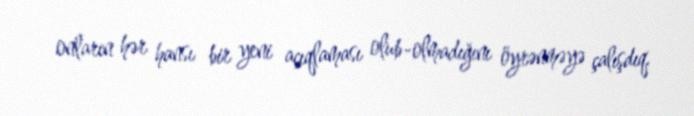
onların hər hansı bir yeni açıqlaması olub-olmadığını öyrənməyə çalışdıq.